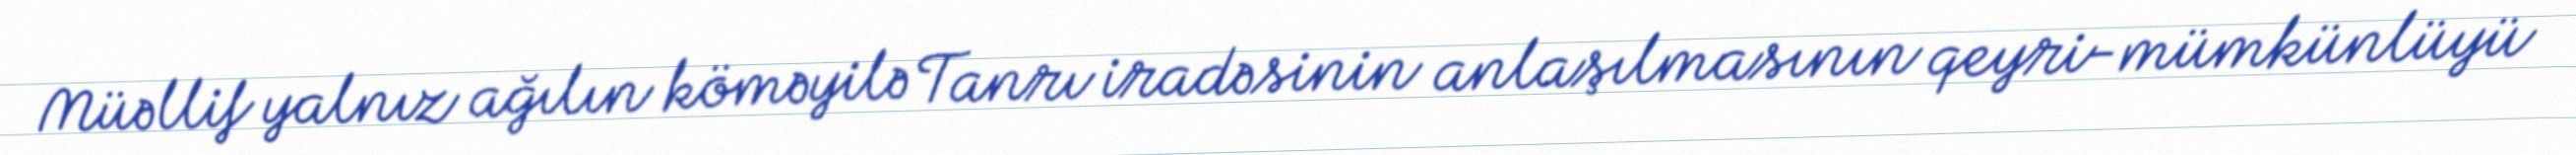
Müəllif yalnız ağılın köməyilə Tanrı iradəsinin anlaşılmasının qeyri-mümkünlüyü